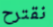
نقترح